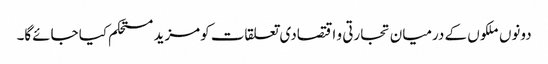
دونوں ملکوں کے درمیان تجارتی و اقتصادی تعلقات کومزید مستحکم کیا جائےگا۔